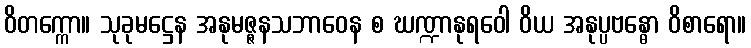
ဝိတက္ကော။ သုခုမဋ္ဌေန အနုမဇ္ဇနသဘာဝေန စ ဃဏ္ဍာနုရဝေါ ဝိယ အနုပ္ပဗန္ဓော ဝိစာရော။